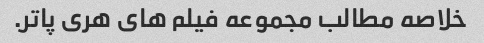
خلاصه مطالب مجموعه فیلم های هری پاتر.